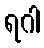
ရဂါ